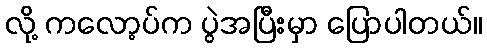
လို့ ကလော့ပ်က ပွဲအပြီးမှာ ပြောပါတယ်။